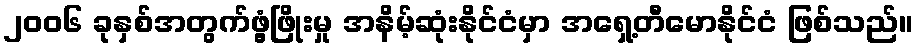
၂၀၀၆ ခုနှစ်အတွက်ဖွံ့ဖြိုးမှု အနိမ့်ဆုံးနိုင်ငံမှာ အရှေ့တီမောနိုင်ငံ ဖြစ်သည်။